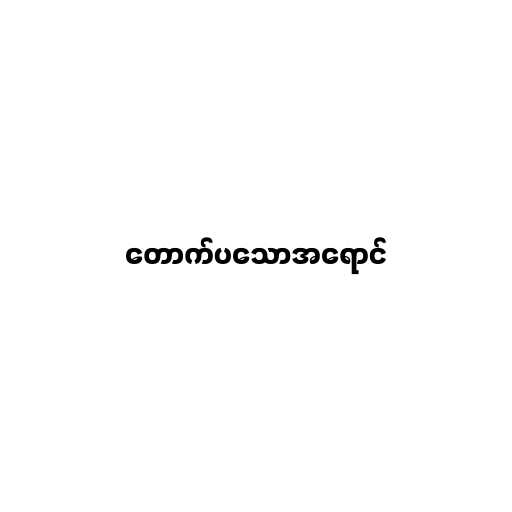
တောက်ပသောအရောင်